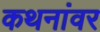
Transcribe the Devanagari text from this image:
कथनांवर